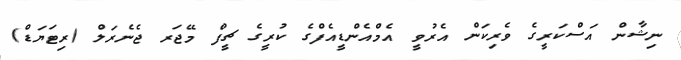
ނިޝާން އަސްކަރީގެ ވެރިކަން އެރުވީ އެމްއެންޑީއެފްގެ ކުރީގެ ޗީފް މޭޖަރ ޖެނެރަލް (ރިޓަޔަޑް)